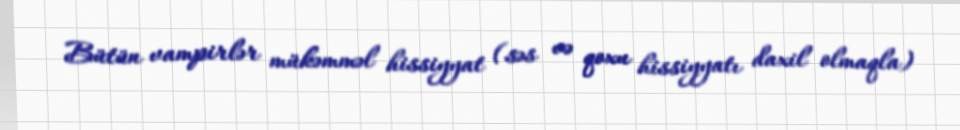
Bütün vampirlər mükəmməl hissiyyat (səs və qoxu hissiyyatı daxil olmaqla)